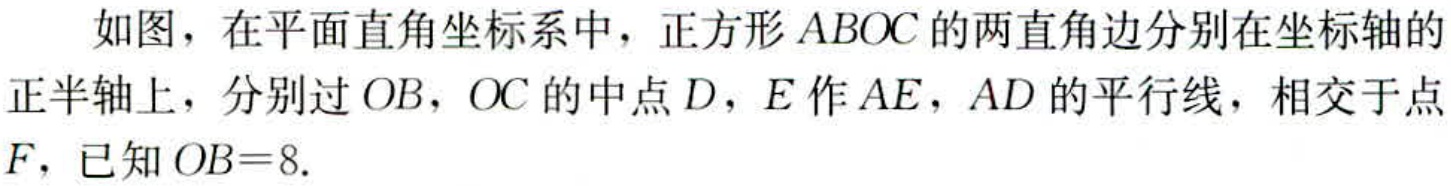
如图，在平面直角坐标系中，正方形\(ABOC\)的两直角边分别在坐标轴的正半轴上，分别过\(OB\)，\(OC\)的中点\(D\)，\(E\)作\(AE\)，\(AD\)的平行线，相交于点\(F\)，已知\(OB = 8\).